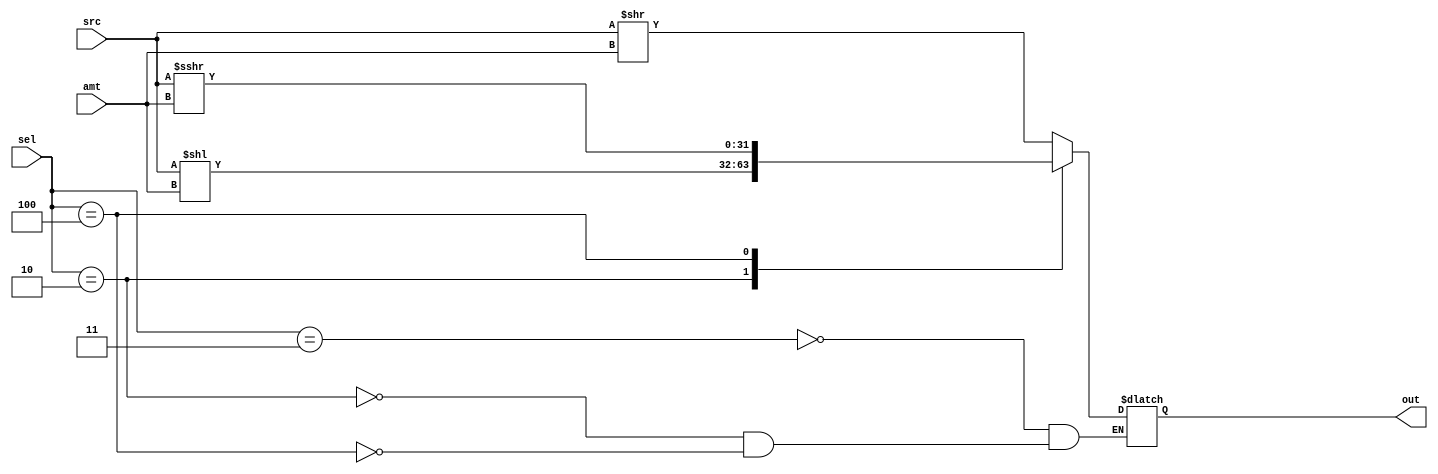
module reg_shift(
    input wire [2:0] sel,
    input wire [31:0] src,
    input wire [4:0] amt,
    output reg [31:0] out
);

    always @(*) begin
        case (sel)
            3'b011: out <= src >> amt;
            3'b010: out <= src << amt;
            3'b100: out <= src >>> amt;
        endcase
    end

endmodule